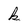
Character: k